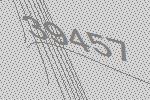
39457